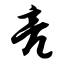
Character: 亮